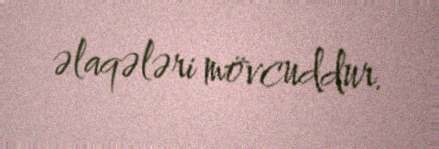
əlaqələri mövcuddur.